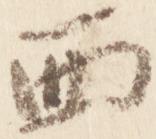
西